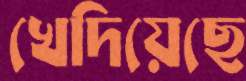
খেদিয়েছে